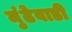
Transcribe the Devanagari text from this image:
मुंढेवाडी